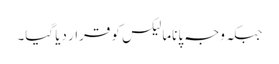
جبکہ وجہ پاناما لیکس کو قرار دیا گیا۔